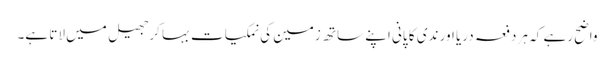
واضح رہے کہ ہر دفعہ دریا اور ندی کا پانی اپنے ساتھ زمین کی نمکیات بہا کرجھیل میں لاتا ہے۔